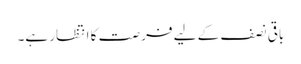
باقی نصف کے لیے فرصت کا انتظار ہے۔